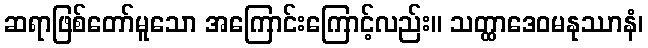
ဆရာဖြစ်တော်မူသော အကြောင်းကြောင့်လည်း။ သတ္ထာဒေဝမနုဿာနံ၊